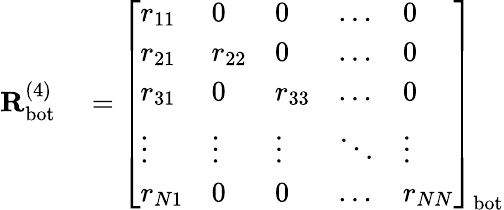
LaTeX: \begin{array}{rl}{\mathbf{R}_{\mathrm{bot}}^{(4)}}&{{}=\left[\begin{array}{lllll}{r_{11}}&{0}&{0}&{\dots}&{0}\\ {r_{21}}&{r_{22}}&{0}&{\dots}&{0}\\ {r_{31}}&{0}&{r_{33}}&{\dots}&{0}\\ {\vdots}&{\vdots}&{\vdots}&{\ddots}&{\vdots}\\ {r_{N1}}&{0}&{0}&{\dots}&{r_{NN}}\end{array}\right]_{\mathrm{bot}}}\end{array}